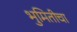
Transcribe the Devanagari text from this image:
भुमितीचा